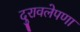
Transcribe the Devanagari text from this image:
दुरावलेपणा